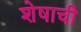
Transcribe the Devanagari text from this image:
शेषाची